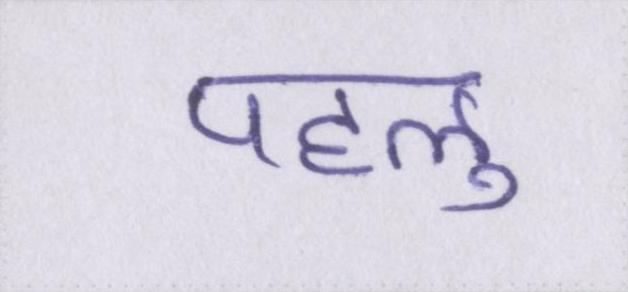
पहलु